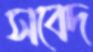
সবেদ